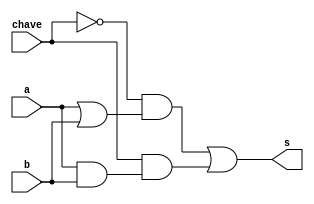
// -------------------------
// Exemplo0032 - F4
// Nome: TIAGO MATTA MACHADO ZAIDAN
// -------------------------
// -------------------------
// f4_gate
// -------------------------

module f4 (output s,
input  a,
input  b,
input chave);
wire c0,c1,c2,c3,c4,c5,c6;
or or1   (c0,a,b);
and and1 (c1,a,b);
not not1 (c2,chave);
buf buf1 (c4,chave);
and and2 (c5,c2,c0);
and and3 (c6,c4,c1);
or or2   (s,c5,c6);

endmodule // for4

module test_f4;
// ------------------------- definir dados
reg  x,a;
reg  y,b;
reg  chave1,chave2;
wire z,c;
f4  OR  (z, x, y,chave1);
f4  AND (c, a, b,chave2);
// ------------------------- parte principal
initial begin
$display("Exemplo0032 - TIAGO MATTA MACHADO ZAIDAN - 451620");
$display("Test LU's module");
x = 1; y = 0;
a = 1; b = 0;
chave1 = 0; chave2 = 1;
// projetar testes do modulo

#1 $display("chave = %b  -->  %b   or    %b = %b",chave1,x,y,z);

#1 $display("chave = %b  -->  %b   and  %b = %b",chave2,a,b,c);
end
endmodule // test_f4